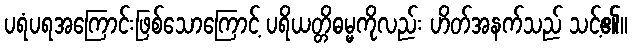
ပရံပရအကြောင်းဖြစ်သောကြောင့် ပရိယတ္တိဓမ္မကိုလည်း ဟိတ်အနက်သည် သင့်၏။